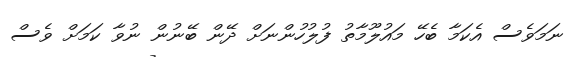
ނަމަވެސް އެކަމާ ބެހޭ މައުލޫމާތު ފުލުހުންނަށް ދޭން ބޭނުން ނުވާ ކަމަށް ވެސް